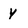
Character: Y